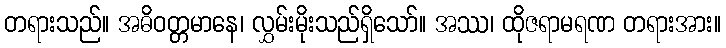
တရားသည်။ အဓိဝတ္တမာနေ၊ လွှမ်းမိုးသည်ရှိသော်။ အဿ၊ ထိုဇရာမရဏ တရားအား။